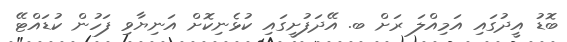
ބޮޑު އީދުގައި އަމިއްލަ ރަށް ބ. އޭދަފުށީގައި ކުޅެނިކޮށް އަނިޔާވި ފަހުން ކުޑައްޓޭ